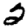
Digit: 2